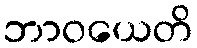
ဘာဝယေတိ